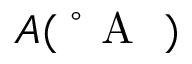
A ( \mathrm { ~ \r ~ { ~ A ~ } ~ } )